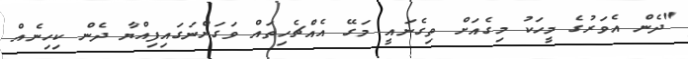
"ދެން އެވަރުގެ މީހަކު މިގެއަށް ތިގެނައީ މަގޭ އެއްޗެހިތައް ވަގަށްނަގައިފިއްޔާ ދެން ކިހިނެއް